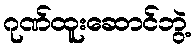
ဂုဏ်ထူးဆောင်ဘွဲ့